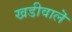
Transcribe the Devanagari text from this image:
खडीवालॆ